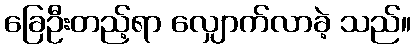
ခြေဦးတည့်ရာ လျှောက်လာခဲ့ သည်။